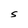
Character: S